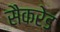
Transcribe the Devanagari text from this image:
सैकरेड